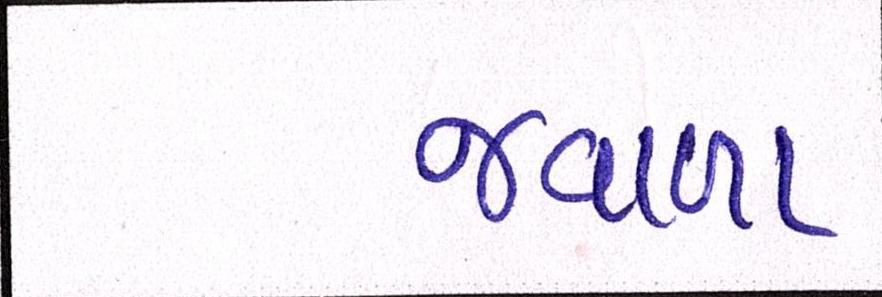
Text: જ્વાળા